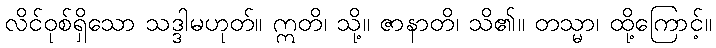
လိင်ဝုစ်ရှိသော သဒ္ဒါမဟုတ်။ ဣတိ၊ သို့။ ဇာနာတိ၊ သိ၏။ တသ္မာ၊ ထို့ကြောင့်။